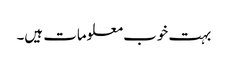
بہت خوب معلومات ہیں۔